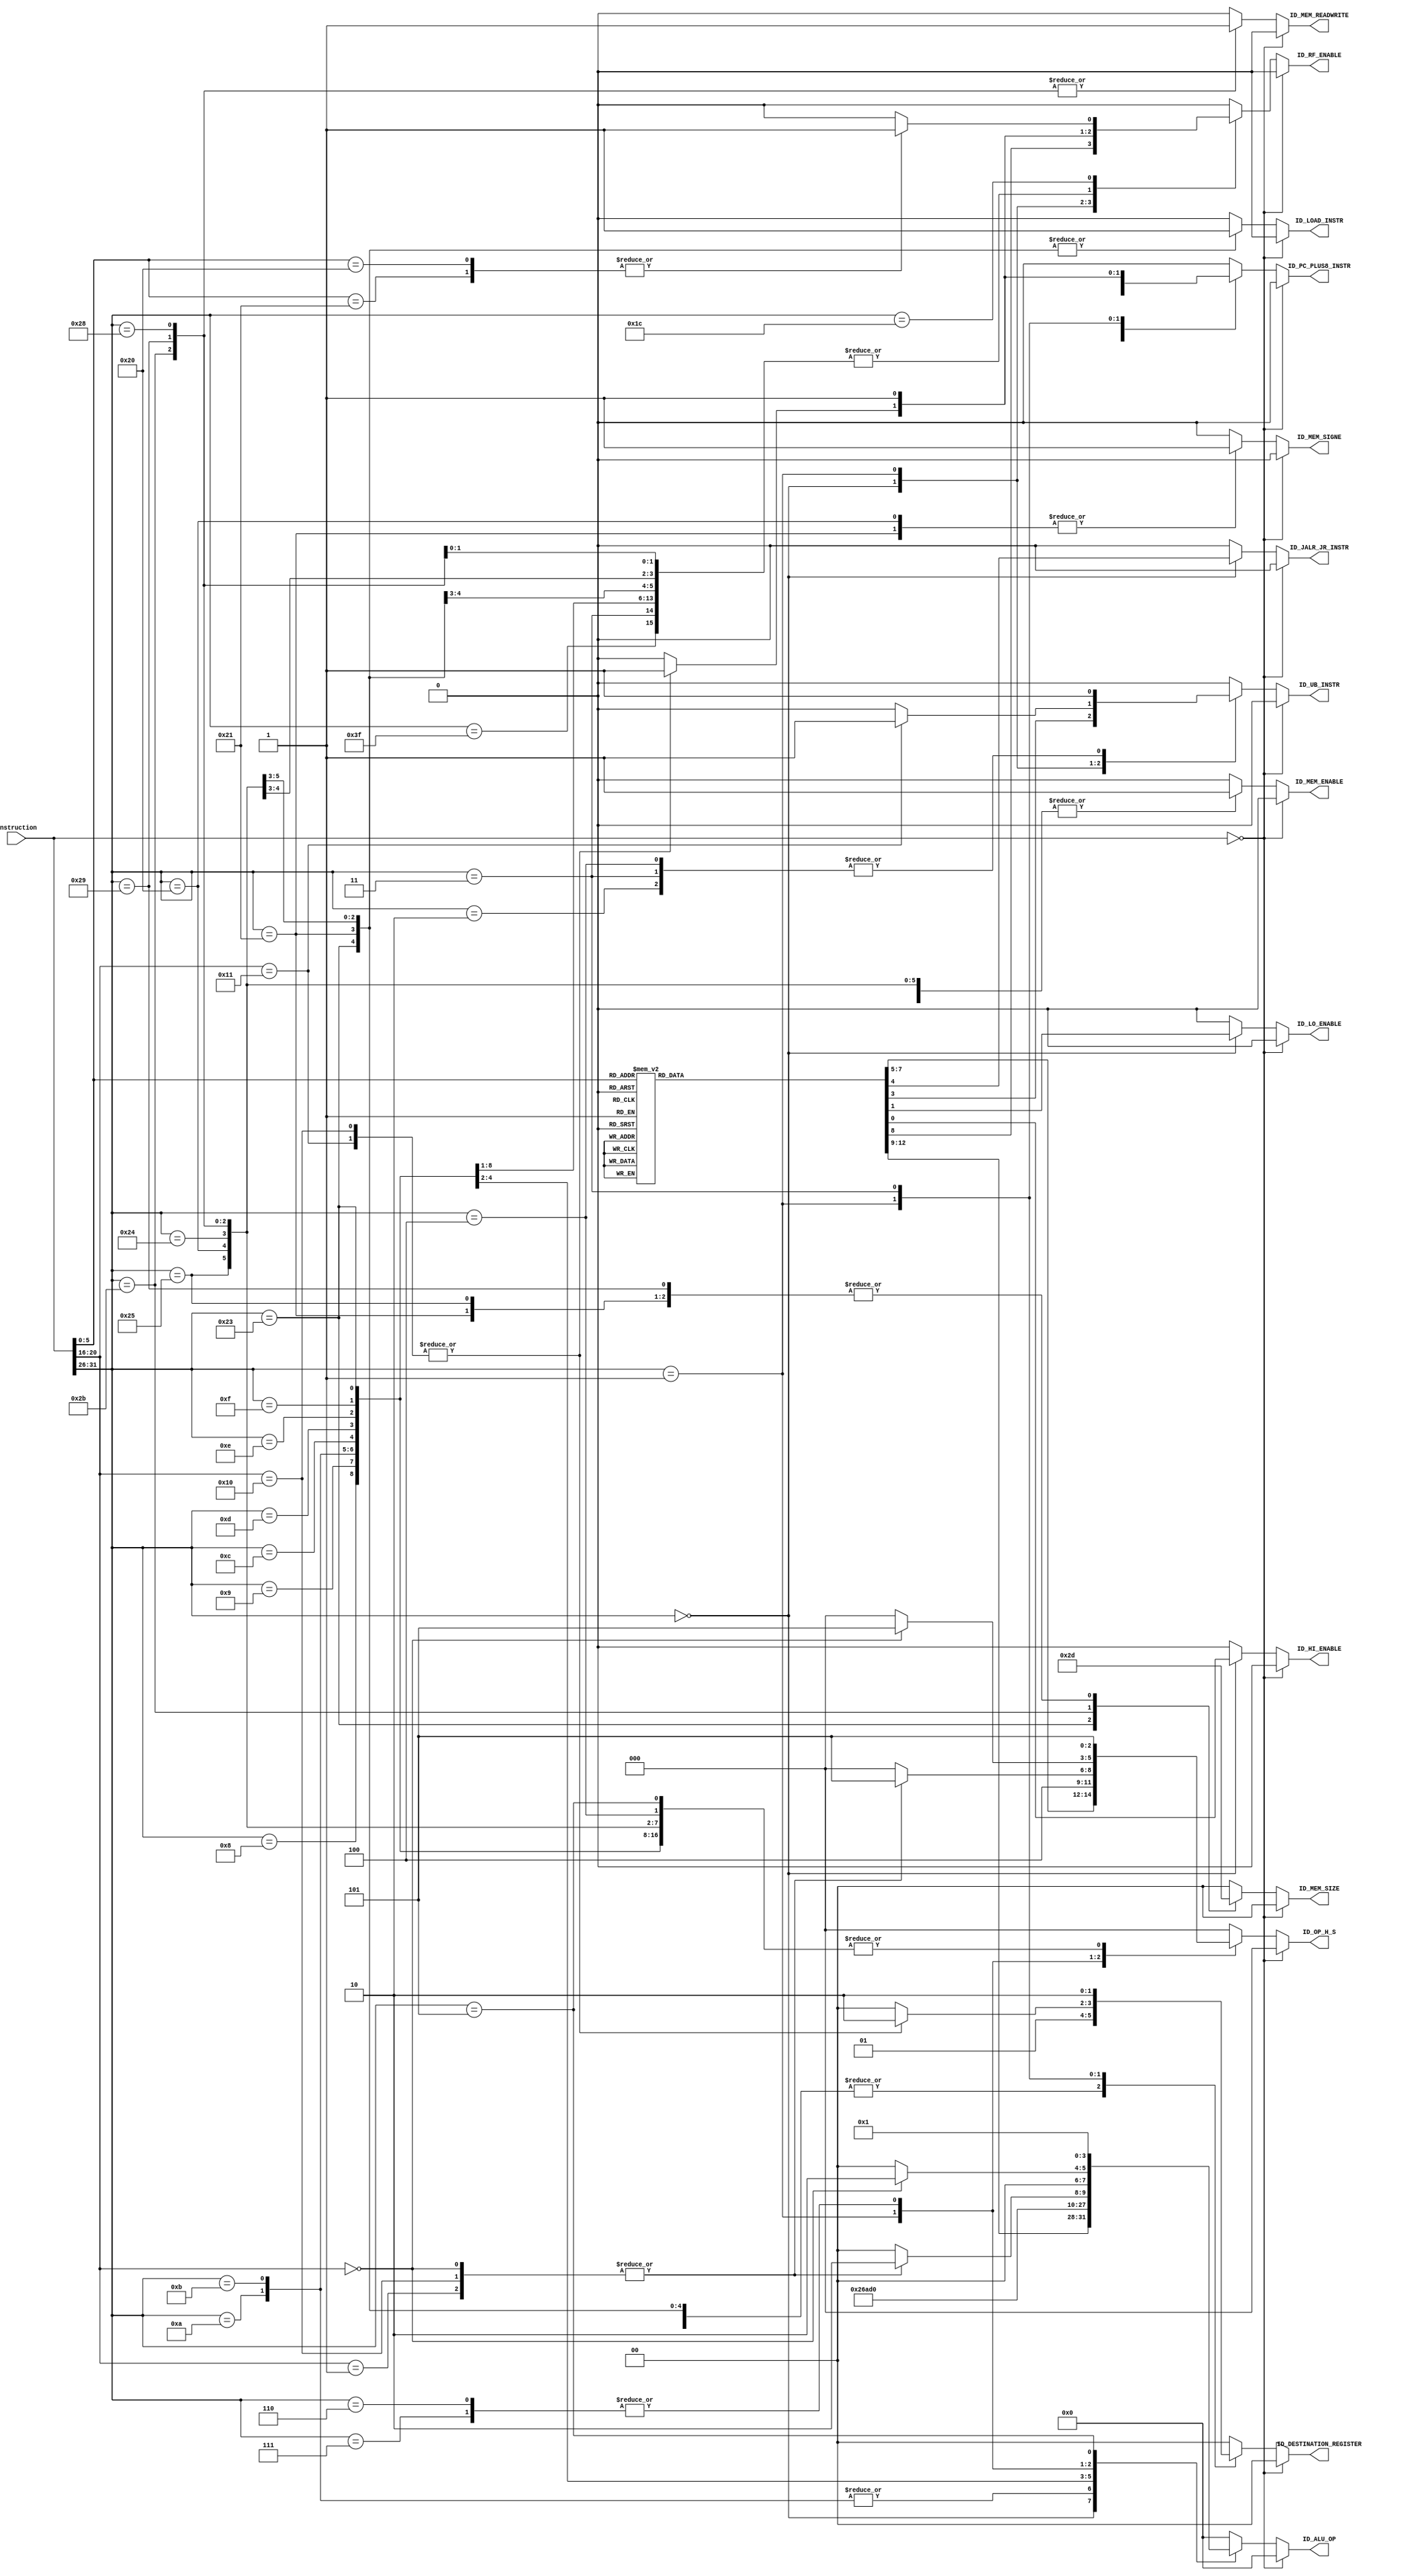
module Control_Unit(
    input [31:0] instruction,

    output reg [3:0] ID_ALU_OP, //4 bit BUS (ALU CONTROL)
    output reg ID_LOAD_INSTR, //load instructions
    output reg ID_RF_ENABLE, //register file enable
    output reg ID_HI_ENABLE, //HI register enable
    output reg ID_LO_ENABLE, //LO register enable
    output reg ID_PC_PLUS8_INSTR, //storing PC+8
    output reg ID_UB_INSTR, //unconditional branch
    output reg ID_JALR_JR_INSTR, //JALR & JR

    output reg [1:0] ID_DESTINATION_REGISTER, // Destination Register Selection Signal /2'b00 default RD, 2'b01 for RT, and 2'b10 for R31/
    output reg [2:0] ID_OP_H_S, //Operation Handler Control Signals
                                /*3'b000: N = PB;
                                  3'b001: N = HI;
                                  3'b010: N = LO;
                                  3'b011: N = PC;
                                  3'b100: N = imm16_extended;
                                  3'b101: N = imm16_concat;*/
    output reg ID_MEM_ENABLE, //data memory enable
    output reg ID_MEM_READWRITE, //load(read) or store(write)
    output reg [1:0] ID_MEM_SIZE, //size of Store
    output reg ID_MEM_SIGNE //sign extension

    
);

// Define opcodes for the instructions
localparam [5:0] 
    OPCODE_RTYPE = 6'b000000,
    OPCODE_SPECIAL = 6'b011100, // For CLO and CLZ
    OPCODE_J    = 6'b000010,
    OPCODE_JAL  = 6'b000011,
    OPCODE_ADDI  = 6'b001000,
    OPCODE_ADDIU = 6'b001001,
    OPCODE_SLTI  = 6'b001010,
    OPCODE_SLTIU = 6'b001011,
    OPCODE_ANDI  = 6'b001100,
    OPCODE_ORI   = 6'b001101,
    OPCODE_XORI  = 6'b001110,
    OPCODE_LUI   = 6'b001111,
    OPCODE_LB    = 6'b100000,
    OPCODE_LH    = 6'b100001,
    OPCODE_LW    = 6'b100011,
    OPCODE_LBU   = 6'b100100,
    OPCODE_LHU   = 6'b100101,
    OPCODE_SB    = 6'b101000,
    OPCODE_SH    = 6'b101001,
    OPCODE_SW    = 6'b101011,
    OPCODE_BEQ   = 6'b000100,
    OPCODE_BNE   = 6'b000101,
    OPCODE_BLEZ  = 6'b000110,
    OPCODE_BGTZ  = 6'b000111,
    OPCODE_REGIMM = 6'b000001; // Opcode for BLTZ, BGEZ, BLTZAL, BGEZAL, and BAL

// Define function codes for R-type instructions
localparam [5:0]
    FUNC_ADD  = 6'b100000,
    FUNC_ADDU = 6'b100001,
    FUNC_SUB  = 6'b100010,
    FUNC_SUBU = 6'b100011,
    FUNC_JR   = 6'b001000,
    FUNC_JALR = 6'b001001,
    FUNC_MFHI = 6'b010000,
    FUNC_MFLO = 6'b010010,
    FUNC_MOVN = 6'b001011,
    FUNC_MOVZ = 6'b001010,
    FUNC_MTHI = 6'b010001,
    FUNC_MTLO = 6'b010011,
    FUNC_SLT  = 6'b101010,
    FUNC_SLTU = 6'b101011,
    FUNC_AND  = 6'b100100,
    FUNC_OR   = 6'b100101,
    FUNC_XOR  = 6'b100110,
    FUNC_NOR  = 6'b100111,
    FUNC_SLL  = 6'b000000,
    FUNC_SLLV = 6'b000100,
    FUNC_SRA  = 6'b000011,
    FUNC_SRAV = 6'b000111,
    FUNC_SRL  = 6'b000010,
    FUNC_SRLV = 6'b000110;

// Define 'rt' field for special REGIMM instructions
localparam [4:0]
    RT_BLTZ   = 5'b00000,
    RT_BGEZ   = 5'b00001,
    RT_BLTZAL = 5'b10000,
    RT_BGEZAL = 5'b10001,
    RT_BAL    = 5'b10001; // Same as BGEZAL

always @(instruction) begin
    // Default control signals for NOP (no operation) and all other control signals
    ID_ALU_OP = 4'b0;
    ID_LOAD_INSTR = 0;
    ID_RF_ENABLE = 0;
    ID_HI_ENABLE = 0;
    ID_LO_ENABLE = 0;
    ID_PC_PLUS8_INSTR = 0;
    ID_UB_INSTR = 0;
    ID_JALR_JR_INSTR = 0;
    //ID_RTD_INSTR = 0;
    //ID_R31D_INSTR = 0;
    ID_DESTINATION_REGISTER = 2'b0;
    ID_OP_H_S = 3'b0;
    ID_MEM_ENABLE = 0;
    ID_MEM_READWRITE = 0;
    ID_MEM_SIZE = 2'b0;
    ID_MEM_SIGNE = 0;

    if (instruction == 32'b0) begin
        //Nothing will execute and signals will remain with value 0
        $display("This is NOP");
    end
    
    else begin
        case (instruction[31:26])
          OPCODE_RTYPE: begin //TYPE R (Except CLO & CLZ)
            case (instruction[5:0])
              FUNC_ADD: begin
                //ADD
                $display("This is ADD");
                ID_RF_ENABLE = 1;
                ID_ALU_OP = 0000;
              end
              FUNC_ADDU: begin
                //ADDU
                $display("This is ADDU");
                ID_RF_ENABLE = 1;
                ID_ALU_OP = 0000;
              end
              FUNC_SUB: begin
                //SUB
                $display("This is SUB");
                ID_RF_ENABLE = 1;
                ID_ALU_OP = 0001;
              end
              FUNC_SUBU: begin
                //SUBU
                $display("This is SUBU");
                ID_RF_ENABLE = 1;
                ID_ALU_OP = 0001;
              end
              FUNC_SLT: begin
                //SLT
                $display("This is SLT");
                ID_RF_ENABLE = 1;
                ID_ALU_OP = 1001;

              end
              FUNC_SLTU: begin
                //SLTU
                $display("This is SLTU");
                ID_RF_ENABLE = 1;
                ID_ALU_OP = 1001;
              end
              FUNC_AND: begin
                //AND
                $display("This is AND");
                ID_RF_ENABLE = 1;
                ID_ALU_OP = 0010;
              end
              FUNC_OR: begin
                //OR
                $display("This is OR");
                ID_RF_ENABLE = 1;
                ID_ALU_OP = 0011;
              end
              FUNC_XOR: begin
                //XOR
                $display("This is XOR");
                ID_RF_ENABLE = 1;
                ID_ALU_OP = 0100;
              end
              FUNC_NOR: begin
                //NOR
                $display("This is NOR");
                ID_RF_ENABLE = 1;
                ID_ALU_OP = 0101;
              end
              FUNC_SLL: begin
                //SLL
                $display("This is SLL");
                ID_ALU_OP = 0110;
                ID_RF_ENABLE = 1;
              end
              FUNC_SLLV: begin
                //SLLV
                $display("This is SLLV");
                ID_ALU_OP = 0110;
                ID_RF_ENABLE = 1;
              end
              FUNC_SRA: begin
                //SRA
                $display("This is SRA");
                ID_ALU_OP = 1000;
                ID_RF_ENABLE = 1;
              end
              FUNC_SRAV: begin
                //SRAV
                $display("This is SRAV");
                ID_ALU_OP = 1000;
                ID_RF_ENABLE = 1;
              end
              FUNC_SRL: begin
                //SRL
                $display("This is SRL");
                ID_ALU_OP = 0111;
                ID_RF_ENABLE = 1;
              end
              FUNC_SRLV: begin
                //SRLV
                $display("This is SRLV");
                ID_ALU_OP = 0111;
                ID_RF_ENABLE = 1;
              end
              FUNC_MFHI: begin
                //MFHI
                $display("This is MFHI");
                ID_RF_ENABLE = 1;
                ID_HI_ENABLE = 1;
                ID_OP_H_S = 001;
              end
              FUNC_MFLO: begin
                //MFLO
                $display("This is MFLO");
                ID_RF_ENABLE = 1;
                ID_LO_ENABLE = 1;
                ID_OP_H_S = 010;
              end
            FUNC_MOVN: begin
                //MOVN
                $display("This is MOVN");
                ID_ALU_OP = 1010;
                ID_RF_ENABLE = 1;
              end
              FUNC_MOVZ: begin
                //MOVZ
                $display("This is MOVZ");
                ID_ALU_OP = 1010;
                ID_RF_ENABLE = 1;
              end
              FUNC_MTHI: begin
                //MTHI
                $display("This is MTHI");
                ID_HI_ENABLE = 1;
                ID_OP_H_S = 001;
              end
              FUNC_MTLO: begin
                //MTLO
                $display("This is MTLO");
                ID_LO_ENABLE = 1;
                ID_OP_H_S = 010;
              end
              FUNC_JALR: begin
                //JALR
                $display("This is JALR");
                ID_ALU_OP = 0000;
                ID_RF_ENABLE = 1;
                ID_JALR_JR_INSTR = 1;
                ID_UB_INSTR = 1;
                ID_PC_PLUS8_INSTR = 1;
                // destination reg?
              end
              FUNC_JR: begin
                //JR
                $display("This is JR");
                ID_JALR_JR_INSTR = 1;
                ID_UB_INSTR = 1;
              end
          endcase
          end
          OPCODE_ADDI: begin 
            //ADDI
            $display("This is ADDI");
            ID_DESTINATION_REGISTER = 2'b01;
            ID_ALU_OP = 0000;
            ID_RF_ENABLE = 1;
            ID_OP_H_S = 101;
          end
          OPCODE_ADDIU: begin 
            //ADDIU
            $display("This is ADDIU");
            ID_RF_ENABLE = 1;
            ID_DESTINATION_REGISTER = 2'b01;
            ID_ALU_OP = 0000;
            ID_OP_H_S = 101;
          end
          OPCODE_SLTI: begin 
            //SLTI
            $display("This is SLTI");
            ID_ALU_OP = 1001;
            ID_RF_ENABLE = 1;
            ID_DESTINATION_REGISTER = 2'b01;
            ID_OP_H_S = 101;
          end
          OPCODE_SLTIU: begin 
            //SLTIU
            $display("This is SLTIU");
            ID_ALU_OP = 1001;
            ID_RF_ENABLE = 1;
            ID_DESTINATION_REGISTER = 2'b01;
            ID_OP_H_S = 101;
          end
          OPCODE_ANDI: begin 
            //ANDI
            $display("This is ANDI");
            ID_ALU_OP = 0010;
            ID_DESTINATION_REGISTER = 2'b01;
            ID_RF_ENABLE = 1;
            ID_OP_H_S = 101;
          end
          OPCODE_ORI: begin 
            //ORI
            $display("This is ORI");
            ID_ALU_OP = 0011;
            ID_DESTINATION_REGISTER = 2'b01;
            ID_RF_ENABLE = 1;
            ID_OP_H_S = 101;
          end
          OPCODE_XORI: begin 
            //XORI
            $display("This is XORI");
            ID_ALU_OP = 0100;
            ID_DESTINATION_REGISTER = 2'b00;
            ID_RF_ENABLE = 1;
            ID_OP_H_S = 101;
          end
          OPCODE_LUI: begin 
            //LUI
            $display("This is LUI");
            ID_RF_ENABLE = 1;
            ID_DESTINATION_REGISTER = 2'b01;
            ID_OP_H_S = 101;
          end
          OPCODE_LW: begin 
            //LW: Load Word
            $display("This is LW");
            ID_ALU_OP = 0000;
            ID_LOAD_INSTR = 1;
            ID_RF_ENABLE = 1;
            ID_MEM_ENABLE = 1;
            ID_MEM_READWRITE = 0;
            ID_MEM_SIZE = 2'b10;
            ID_MEM_SIGNE = 0; // maybe sea 1
            ID_DESTINATION_REGISTER = 2'b01;
            ID_OP_H_S = 101;
          end
          OPCODE_LH: begin 
            //LH: Load Halfword
            $display("This is LH");
            ID_ALU_OP = 0000;
            ID_LOAD_INSTR = 1;
            ID_RF_ENABLE = 1;
            ID_MEM_ENABLE = 1;
            ID_MEM_READWRITE = 0;
            ID_MEM_SIZE = 2'b01;
            ID_MEM_SIGNE = 1;
            ID_DESTINATION_REGISTER = 2'b01;
            ID_OP_H_S = 100; 
          end
          OPCODE_LHU: begin 
            //LHU: Load Halfword Unsigned
            $display("This is LHU");
            ID_ALU_OP = 0000;
            ID_LOAD_INSTR = 1;
            ID_MEM_ENABLE = 1;
            ID_MEM_READWRITE = 0;
            ID_MEM_SIZE = 2'b01;
            ID_MEM_SIGNE = 0;
            ID_DESTINATION_REGISTER = 2'b01;
            ID_OP_H_S = 101;
          end
          OPCODE_LB: begin 
            //LB: Load Byte
            $display("This is LB");
            ID_ALU_OP = 0000;
            ID_LOAD_INSTR = 1;
            ID_MEM_ENABLE = 1;
            ID_MEM_READWRITE = 0;
            ID_MEM_SIZE = 2'b0;
            ID_MEM_SIGNE = 1;
            ID_DESTINATION_REGISTER = 2'b01;
            ID_OP_H_S = 3'b101;  
            ID_RF_ENABLE = 1;
          
          end
          OPCODE_LBU: begin 
            //LBU: Load Byte Unsigned
            $display("This is LBU");
            ID_ALU_OP = 0000;
            ID_RF_ENABLE = 1;
            ID_LOAD_INSTR = 1;
            ID_MEM_ENABLE = 1;
            ID_MEM_READWRITE = 0;
            ID_MEM_SIZE = 2'b0;
            ID_MEM_SIGNE = 0;
            ID_DESTINATION_REGISTER = 2'b01;
            ID_OP_H_S = 3'b101; //3'b101: N = imm16_concat; //Handler Ouput variable
          end
          6'b111111: begin 
            //SD
            $display("This is SD");
            ID_ALU_OP = 0000;
            ID_RF_ENABLE = 1;
          end
          OPCODE_SW: begin 
            //SW: Store Word
            $display("This is SW");
            ID_MEM_ENABLE = 1;
            ID_MEM_READWRITE = 1;
            ID_MEM_SIZE = 2'b10;
            ID_OP_H_S = 101;
            ID_MEM_ENABLE = 1;
            ID_MEM_READWRITE = 1;
            ID_MEM_SIZE = 2'b11;
          end
          OPCODE_SH: begin 
            //SH: Store Halfword
            $display("This is SH");
            ID_ALU_OP = 0000;
            ID_RF_ENABLE = 1;
            ID_MEM_ENABLE = 1;
            ID_MEM_READWRITE = 1;
            ID_MEM_SIZE = 2'b01;
            ID_OP_H_S = 101;
          end
          OPCODE_SB: begin 
            //SB: Store Byte
            $display("This is SB");
            ID_ALU_OP = 0000;
            ID_RF_ENABLE = 1;
            ID_MEM_ENABLE = 1;
            ID_MEM_READWRITE = 1;
            ID_MEM_SIZE = 2'b0;
            ID_OP_H_S = 101;
          end
          OPCODE_BEQ: begin 
            //B, BEQ
            $display("This is B/BEQ");
            //??? duda con b y beq
            ID_ALU_OP = 0000;
            ID_UB_INSTR = 1;
            ID_OP_H_S = 101;
          end
          OPCODE_REGIMM: begin 
            //BAL, BGEZ, BGEZAL, BLTZ, BLTZAL (rt)
            case (instruction[20:16])
              RT_BAL: begin
                //BAL, BGEZAL
                $display("This is BAL/BGEZAL");
                // ??? duda con caso bal y bgezal
                ID_ALU_OP = 0000;
                ID_RF_ENABLE = 1;
                ID_DESTINATION_REGISTER = 2'b10;
                ID_PC_PLUS8_INSTR = 1;
                ID_UB_INSTR = 1;
              end
              RT_BGEZ: begin
                //BGEZ
                $display("This is BGEZ");
                ID_ALU_OP = 1010; //si flg es N no hace
                ID_OP_H_S = 101; //immediate
              end
              RT_BLTZ: begin
                //BLTZ
                $display("This is BLTZ");
                ID_ALU_OP = 1010;
                ID_OP_H_S = 101;
              end
              RT_BLTZAL: begin
                //BLTZAL
                $display("This is BLTZAL");
                ID_ALU_OP = 1010;
                ID_PC_PLUS8_INSTR = 1;
                ID_RF_ENABLE = 1;
                ID_DESTINATION_REGISTER = 2'b10;
                ID_OP_H_S = 101;
              end
            endcase
          end
          OPCODE_BGTZ: begin 
            //BGTZ
            if (instruction[20:16] == 5'b00000) begin
              $display("This is BGTZ");
              ID_ALU_OP = 1010;
              ID_OP_H_S = 101;
            end
          end
          OPCODE_BLEZ: begin 
            //BLEZ
            if (instruction[20:16] == 5'b00000) begin
              $display("This is BLEZ");
              ID_ALU_OP = 1010;
              ID_OP_H_S = 101;
            end            
          end
          OPCODE_BNE: begin 
            //BNE
            $display("This is BNE");
            ID_ALU_OP = 0001; // si flg z prende no hace
            ID_OP_H_S = 101;
          end
          OPCODE_J: begin 
            //J
            $display("This is J");
            //??? no se q op de alu
            ID_ALU_OP = 0000;
            ID_UB_INSTR = 1;
          end
          OPCODE_JAL: begin 
            //JAL
            $display("This is JAL");
            //??? dudoso en el alu
            ID_ALU_OP = 0000;
            ID_RF_ENABLE = 1;
            ID_DESTINATION_REGISTER = 2'b10;
            ID_PC_PLUS8_INSTR = 1;
            ID_UB_INSTR = 1;
          end
          OPCODE_SPECIAL: begin 
            //CLO, CLZ (function)
            case (instruction[5:0])
              6'b100001: begin
                //CLO
                //???
                ID_RF_ENABLE = 1;
              end
              6'b100000: begin
                //CLZ
                //???
                ID_RF_ENABLE = 1;
              end
            endcase
          end
        endcase
    end
end
endmodule